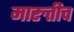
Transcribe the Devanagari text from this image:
मारुतीच